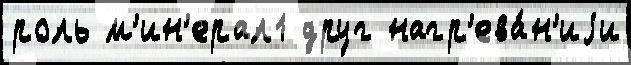
роль м'ин'ерал1 друг нагр'ева́н'иjи